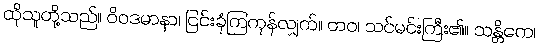
ထိုသူတို့သည်။ ဝိဝဒမာနာ၊ ငြင်းခုံကြကုန်လျှက်။ တဝ၊ သင်မင်းကြီး၏။ သန္တိကေ၊